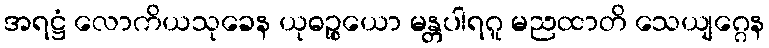
အရဋ္ဌံ လောကိယသုခေန ယုဓဉ္စယော မန္တပါရဂူ မညထာတိ သေယျဂ္ဂေန